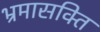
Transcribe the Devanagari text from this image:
भ्रमासक्‍ति